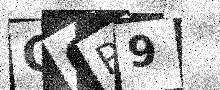
Text: GCR9